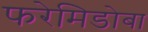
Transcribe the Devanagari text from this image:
फरेमिडोबा